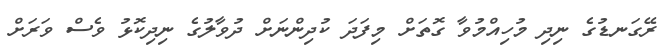
ރޭގަނޑުގެ ނިދި މުހިއްމުވާ ގޮތަށް މިފަދަ ކުދިންނަށް ދުވާލުގެ ނިދިކޮޅު ވެސް ވަރަށް